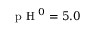
\textrm { p H } ^ { 0 } = 5 . 0